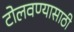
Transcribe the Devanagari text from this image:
टोलवण्यासाठी